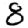
Digit: 8